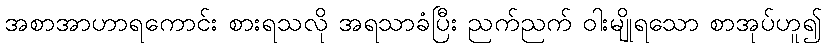
အစာအာဟာရကောင်း စားရသလို အရသာခံပြီး ညက်ညက် ဝါးမျိုရသော စာအုပ်ဟူ၍